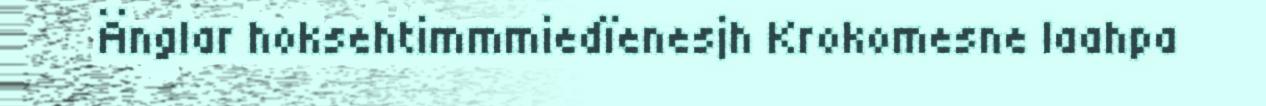
Änglar hoksehtimmmiedïenesjh Krokomesne laahpa